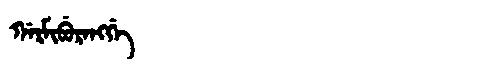
Manchu: ᡤᠠᡵᠮᡳᠪᡠᡵᠠᠩᡤᡝ
Romanization: GARMIBURANGGE